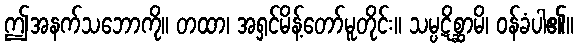
ဤအနက်သဘောကို။ တထာ၊ အရှင်မိန့်တော်မူတိုင်း။ သမ္ပဋိစ္ဆာမိ၊ ဝန်ခံပါ၏။